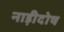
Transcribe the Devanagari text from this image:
नाड़ीदोष